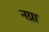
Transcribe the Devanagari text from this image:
नग्ना